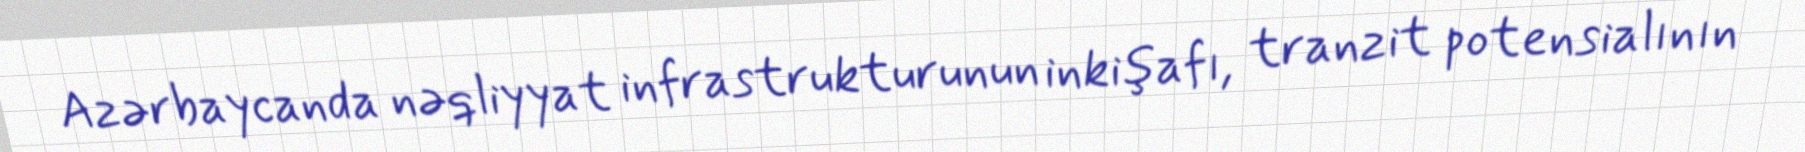
Azərbaycanda nəqliyyat infrastrukturunun inkişafı, tranzit potensialının